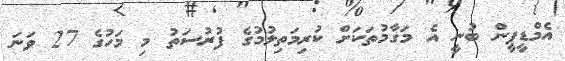
އެމްޑީޕީން ބުނީ އެ މަގާމުތަކަށް ކުރިމަތިލުމުގެ ފުރުސަތު މި މަހުގެ 27 ވަނަ